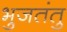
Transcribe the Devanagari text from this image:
भुजतंतु